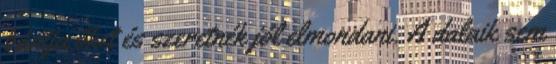
bántja őket és szeretnék jól elmondani. A dalaik sem